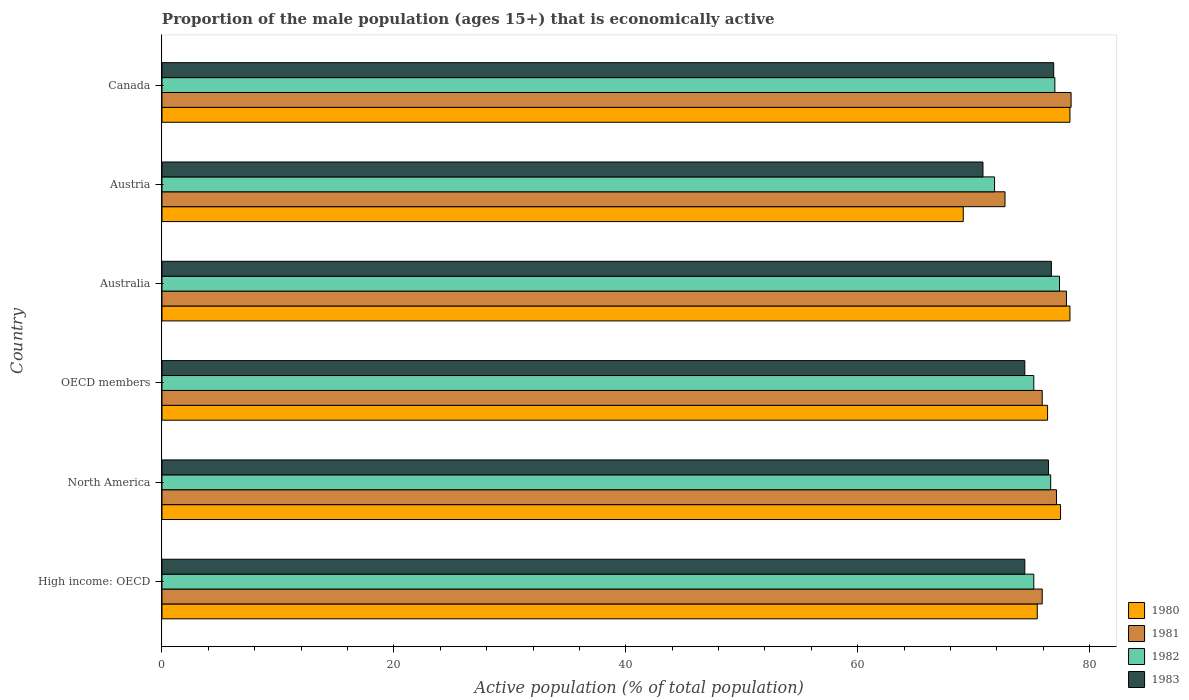
| Country | 1980 | 1981 | 1982 | 1983 |
 | --- | --- | --- | --- | --- |
 | High income: OECD | 75.5 | 75.9 | 75.2 | 74.4 |
 | North America | 77.5 | 77.1 | 76.6 | 76.5 |
 | OECD members | 76.4 | 75.9 | 75.2 | 74.4 |
 | Australia | 78.3 | 78 | 77.4 | 76.7 |
 | Austria | 69.1 | 72.7 | 71.8 | 70.8 |
 | Canada | 78.3 | 78.4 | 77 | 76.9 |